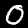
Digit: 0